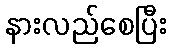
နားလည်စေပြီး